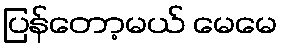
ပြန်တော့မယ် မေမေ